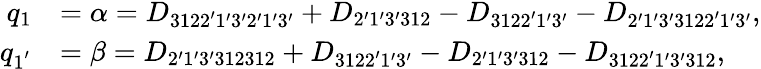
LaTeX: \begin{array}{rl}{q_{1}}&{=\alpha={D_{3122^{\prime}1^{\prime}3^{\prime}2^{\prime}1^{\prime}3^{\prime}}}+{D_{2^{\prime}1^{\prime}3^{\prime}312}}-{D_{3122^{\prime}1^{\prime}3^{\prime}}}-{D_{2^{\prime}1^{\prime}3^{\prime}3122^{\prime}1^{\prime}3^{\prime}}},}\\ {q_{1^{'}}}&{=\beta={D_{2^{\prime}1^{\prime}3^{\prime}312312}}+{D_{3122^{\prime}1^{\prime}3^{\prime}}}-{D_{2^{\prime}1^{\prime}3^{\prime}312}}-{D_{3122^{\prime}1^{\prime}3^{\prime}312}},}\end{array}